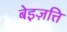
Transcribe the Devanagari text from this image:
बेइज़त्ति